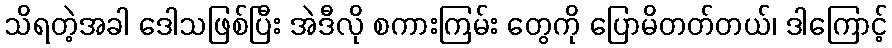
သိရတဲ့အခါ ဒေါသဖြစ်ပြီး အဲဒီလို စကားကြမ်း တွေကို ပြောမိတတ်တယ်၊ ဒါကြောင့်